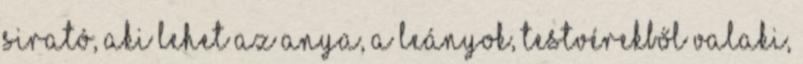
sirató, aki lehet az anya, a leányok, testvérekből valaki,